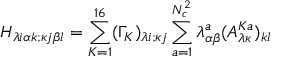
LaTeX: { \cal H } _ { \lambda i \alpha k ; \kappa j \beta l } = \sum _ { K = 1 } ^ { 1 6 } ( \Gamma _ { K } ) _ { \lambda i ; \kappa j } \sum _ { a = 1 } ^ { N _ { c } ^ { 2 } } \lambda _ { \alpha \beta } ^ { a } ( A _ { \lambda \kappa } ^ { K a } ) _ { k l }